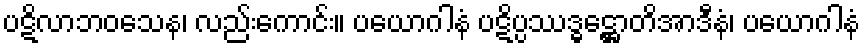
ပဋိလာဘဝသေန၊ လည်းကောင်း။ ပယောဂါနံ ပဋိပ္ပဿဒ္ဓဋ္ဌောတိအာဒီနံ၊ ပယောဂါနံ